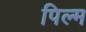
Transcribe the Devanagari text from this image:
पिल्म